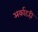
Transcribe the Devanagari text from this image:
अर्काटही